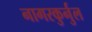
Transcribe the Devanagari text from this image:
नागरकुर्नुल